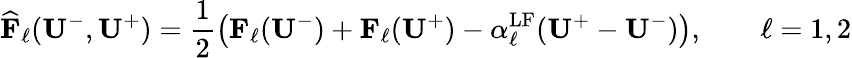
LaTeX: \widehat{\mathbf{F}}_{\ell}(\mathbf{U}^{-},\mathbf{U}^{+})=\frac{1}{2}\left(\mathbf{F}_{\ell}(\mathbf{U}^{-})+\mathbf{F}_{\ell}(\mathbf{U}^{+})-\alpha_{\ell}^{\mathrm{{LF}}}(\mathbf{U}^{+}-\mathbf{U}^{-})\right),\qquad\ell=1,2